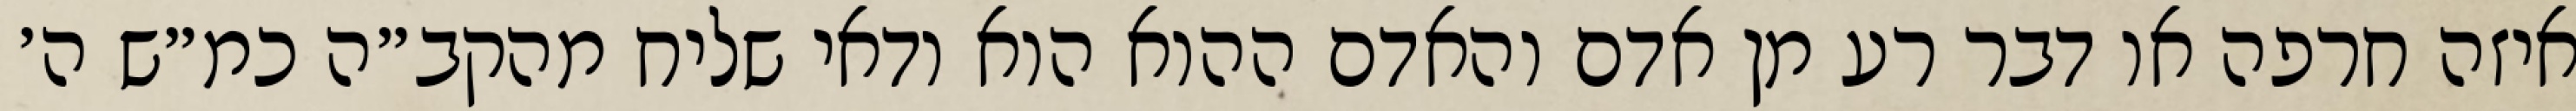
איזה חרפה או דבר רע מן אדם והאדם ההוא הוא ודאי שליח מהקב״ה כמ״ש ה׳